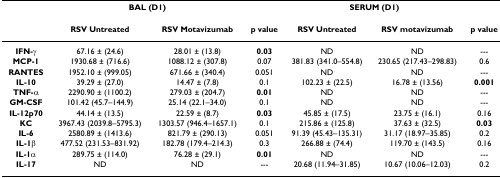
<table><thead><tr><td></td><td colspan="2"><b>BAL (D1)</b></td><td></td><td colspan="2"><b>SERUM (D1)</b></td><td></td></tr><tr><td></td><td><b>RSV Untreated</b></td><td><b>RSV Motavizumab</b></td><td><b>p value</b></td><td><b>RSV Untreated</b></td><td><b>RSV motavizumab</b></td><td><b>p value</b></td></tr></thead><tbody><tr><td><b>IFN-γ</b></td><td>67.16 ± (24.6)</td><td>28.01 ± (13.8)</td><td><b>0.03</b></td><td>ND</td><td>ND</td><td>---</td></tr><tr><td><b>MCP-1</b></td><td>1930.68 ± (716.6)</td><td>1088.12 ± (307.8)</td><td>0.07</td><td>381.83 (341.0–554.8)</td><td>230.65 (217.43–298.83)</td><td>0.6</td></tr><tr><td><b>RANTES</b></td><td>1952.10 ± (999.05)</td><td>671.66 ± (340.4)</td><td>0.051</td><td>ND</td><td>ND</td><td>---</td></tr><tr><td><b>IL-10</b></td><td>39.29 ± (27.0)</td><td>14.47 ± (7.8)</td><td>0.1</td><td>102.23 ± (22.5)</td><td>16.78 ± (13.56)</td><td><b>0.001</b></td></tr><tr><td><b>TNF-α</b></td><td>2290.90 ± (1100.2)</td><td>279.03 ± (204.7)</td><td><b>0.01</b></td><td>ND</td><td>ND</td><td>---</td></tr><tr><td><b>GM-CSF</b></td><td>101.42 (45.7–144.9)</td><td>25.14 (22.1–34.0)</td><td>0.1</td><td>ND</td><td>ND</td><td>---</td></tr><tr><td><b>IL-12p70</b></td><td>44.14 ± (13.5)</td><td>22.59 ± (8.7)</td><td><b>0.03</b></td><td>45.85 ± (17.5)</td><td>23.75 ± (16.1)</td><td>0.16</td></tr><tr><td><b>KC</b></td><td>3967.43 (2039.8–5795.3)</td><td>1303.57 (946.4–1657.1)</td><td>0.1</td><td>215.86 ± (125.8)</td><td>37.63 ± (32.5)</td><td><b>0.03</b></td></tr><tr><td><b>IL-6</b></td><td>2580.89 ± (1413.6)</td><td>821.79 ± (290.13)</td><td>0.051</td><td>91.39 (45.43–135.31)</td><td>31.17 (18.97–35.85)</td><td>0.2</td></tr><tr><td><b>IL-1β</b></td><td>477.52 (231.53–831.92)</td><td>182.78 (179.4–214.3)</td><td>0.3</td><td>266.88 ± (74.4)</td><td>119.70 ± (143.5)</td><td>0.16</td></tr><tr><td><b>IL-1α</b></td><td>289.75 ± (114.0)</td><td>76.28 ± (29.1)</td><td><b>0.01</b></td><td>ND</td><td>ND</td><td>---</td></tr><tr><td><b>IL-17</b></td><td>ND</td><td>ND</td><td>---</td><td>20.68 (11.94–31.85)</td><td>10.67 (10.06–12.03)</td><td>0.2</td></tr></tbody></table>